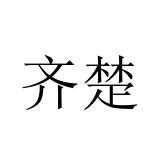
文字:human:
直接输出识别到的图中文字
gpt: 齐楚